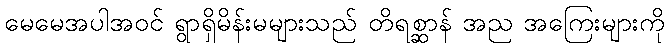
မေမေအပါအဝင် ရွာရှိမိန်းမများသည် တိရစ္ဆာန် အည အကြေးများကို